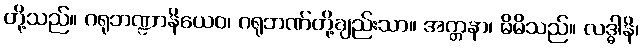
တို့သည်။ ဂရုဘဏ္ဍာနိယေဝ၊ ဂရုဘဏ်တို့ချည်းသာ။ အတ္တနာ၊ မိမိသည်။ လဒ္ဓါနိ၊